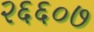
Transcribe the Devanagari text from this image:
२६६०७